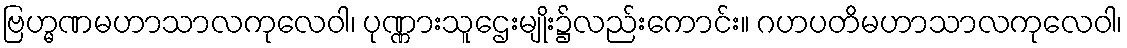
ဗြဟ္မဏမဟာသာလကုလေဝါ၊ ပုဏ္ဏားသူဌေးမျိုး၌လည်းကောင်း။ ဂဟပတိမဟာသာလကုလေဝါ၊